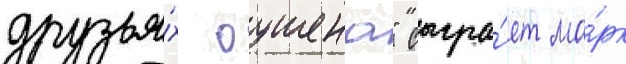
друзья́х оушена" сыгра́ет ма́рк